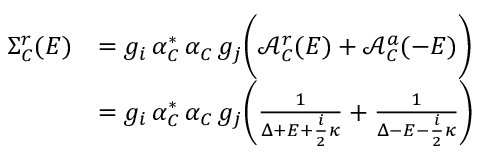
\begin{array} { r l } { \Sigma _ { C } ^ { r } ( E ) } & { = g _ { i } \, \alpha _ { C } ^ { * } \, \alpha _ { C } \, g _ { j } \bigg ( \mathcal { A } _ { C } ^ { r } ( E ) + \mathcal { A } _ { C } ^ { a } ( - E ) \bigg ) } \\ & { = g _ { i } \, \alpha _ { C } ^ { * } \, \alpha _ { C } \, g _ { j } \bigg ( \frac { 1 } { \Delta + E + \frac { i } { 2 } \kappa } + \frac { 1 } { \Delta - E - \frac { i } { 2 } \kappa } \bigg ) } \end{array}